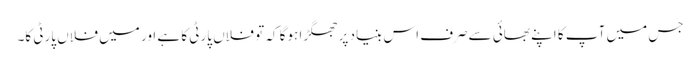
جس میں آپ کا اپنے بھائی سےصرف اس بنیاد پر جھگڑا ہوگا کہ تو فلاں پارٹی کا ہے اور میں فلاں پارٹی کا۔